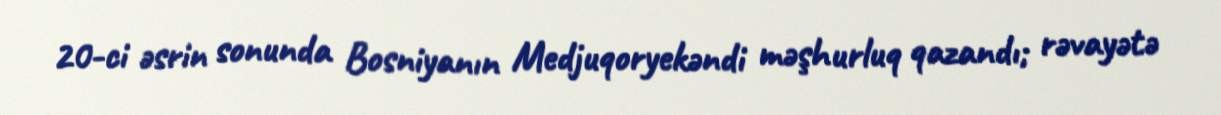
20-ci əsrin sonunda Bosniyanın Medjuqoryekəndi məşhurluq qazandı; rəvayətə